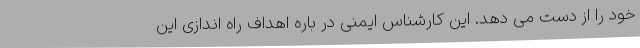
خود را از دست می دهد. این کارشناس ایمنی در باره اهداف راه اندازی این